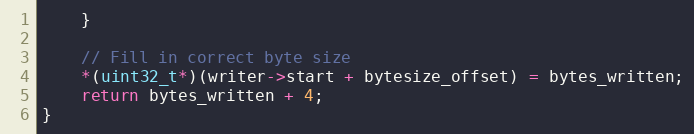
Language: C
    }

    // Fill in correct byte size
    *(uint32_t*)(writer->start + bytesize_offset) = bytes_written;
    return bytes_written + 4;
}